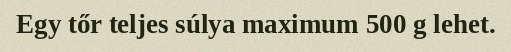
Egy tőr teljes súlya maximum 500 g lehet.